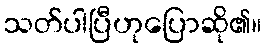
သတ်ပါပြီဟုပြောဆို၏။